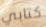
كتابي